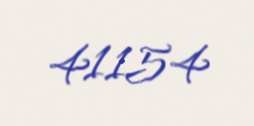
41154